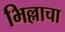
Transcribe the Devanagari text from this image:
भिल्लाचा